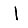
Digit: 1